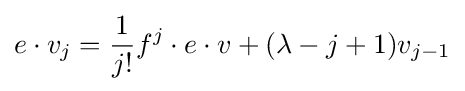
e\cdot v_{j}={1 \over j!}f^{j}\cdot e\cdot v+(\lambda -j+1)v_{j-1}